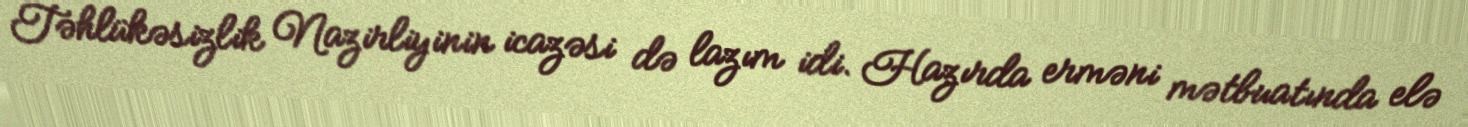
Təhlükəsizlik Nazirliyinin icazəsi də lazım idi. Hazırda erməni mətbuatında elə